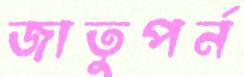
জাতুপর্ন